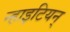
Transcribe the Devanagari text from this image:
न्हाइटियन्